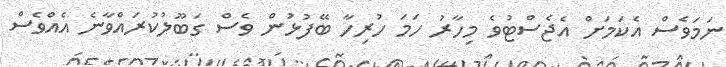
ނަމަވެސް އެކަމަށް އެޖެސްޓުވެ މިހާރު ހަމަ ހުރިހާ ބޭފުޅުން ވެސް ގަބޫލުކުރައްވާނެ އެއްވެސް